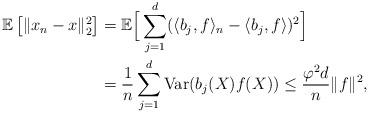
LaTeX: \begin{align*} \mathbb{E}\left[ \Vert x_n-x\Vert_2^2\right]&=\mathbb{E}\Big[\sum_{j=1}^{d}(\langle b_j,f\rangle_n-\langle b_j,f\rangle)^2 \Big] \\ &=\frac{1}{n}\sum_{j=1}^{d}\operatorname{Var}(b_j(X)f(X))\leq \frac{\varphi^2d}{n}\Vert f\Vert^2,\end{align*}